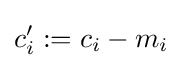
c'_{i}:=c_{i}-m_{i}